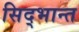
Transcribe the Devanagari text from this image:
सिद्भान्त